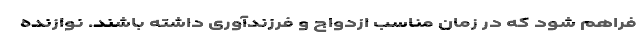
فراهم شود که در زمان مناسب ازدواج و فرزندآوری داشته باشند. نوازنده